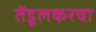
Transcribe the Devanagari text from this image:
तेंडूलकरचा